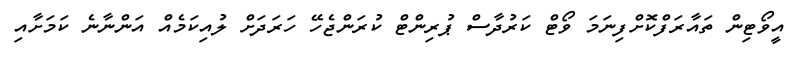
އީވޯޓިން ތައާރަފްކޮށްފިނަމަ ވޯޓް ކަރުދާސް ޕުރިންޓް ކުރަންޖެހޭ ހަރަދަށް ލުއިކަމެއް އަންނާނެ ކަމަށާއި